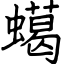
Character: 䗶